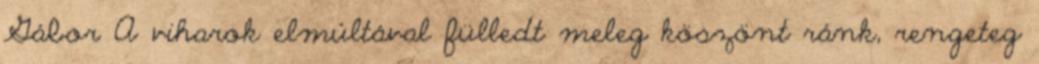
Gábor A viharok elmúltával fülledt meleg köszönt ránk, rengeteg